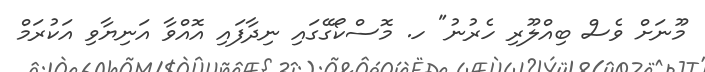
މޫނަށް ވެސް ބިއްލޫރި ހެރުނު" ހ. މޮސްކޯގޭގައި ނިދާފައި އޮއްވާ އަނިޔާވި އަކުރަމް